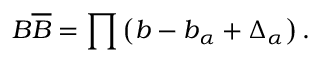
B \overline { { { B } } } = \prod \left( b - b _ { \alpha } + \Delta _ { \alpha } \right) .